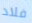
فلاد